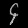
Digit: ၄